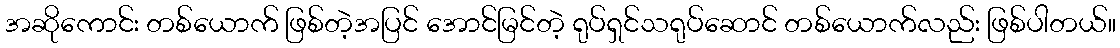
အဆိုကောင်း တစ်ယောက် ဖြစ်တဲ့အပြင် အောင်မြင်တဲ့ ရုပ်ရှင်သရုပ်ဆောင် တစ်ယောက်လည်း ဖြစ်ပါတယ်။